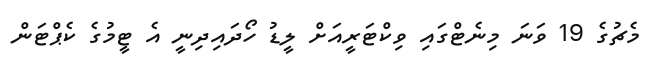
މެޗުގެ 19 ވަނަ މިނެޓްގައި ވިކްޓަރީއަށް ލީޑު ހޯދައިދިނީ އެ ޓީމުގެ ކެޕްޓަން